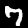
Label: 7